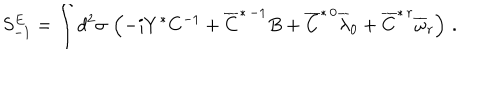
LaTeX: S _ { - 1 } ^ { E } = \int d ^ { 2 } \sigma \, \left( - i Y ^ { * } C ^ { - 1 } + \overline { { { C } } } ^ { * \, - 1 } B + \overline { { { C } } } ^ { * \, 0 } \overline { { { \lambda } } } _ { 0 } + \overline { { { C } } } ^ { * \, r } \overline { { { \omega } } } _ { r } \right) \, .